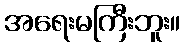
အရေးမကြီးဘူး။